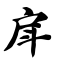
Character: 戽